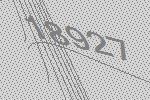
18927